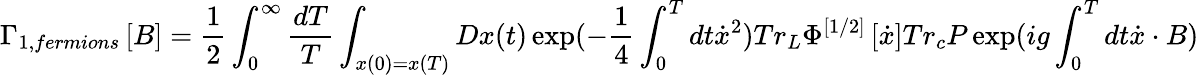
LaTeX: \Gamma_{1,fermions}\left[B\right]=\frac{1}{2}\int_{0}^{\infty}{\frac{{dT}}{T}}\int_{x(0)=x(T)}{Dx(t)\exp(-\frac{1}{4}}\int_{0}^{T}{dt\dot{x}^{2}})Tr_{L}\Phi^{\left[{1/2}\right]}\left[{\dot{x}}\right]Tr_{c}P\exp(ig\int_{0}^{T}{dt\dot{x}\cdot B)}